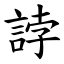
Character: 誖